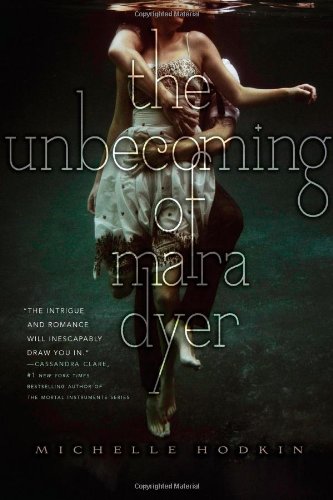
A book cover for The Unbecoming of Mara Dyer (The Mara Dyer Trilogy); Michelle Hodkin; Teen & Young Adult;